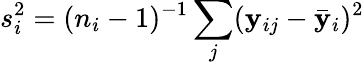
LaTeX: s_{i}^{2}=(n_{i}-1)^{-1}\sum_{j}(\mathbf{y}_{ij}-{\bar{{\mathbf{y}}}}_{i})^{2}